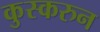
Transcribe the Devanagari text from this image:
कुस्करुन